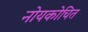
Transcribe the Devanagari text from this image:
नोयकोचित